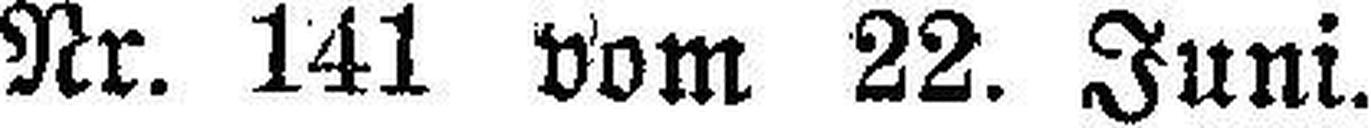
Nr. 141 vom 22. Juni.